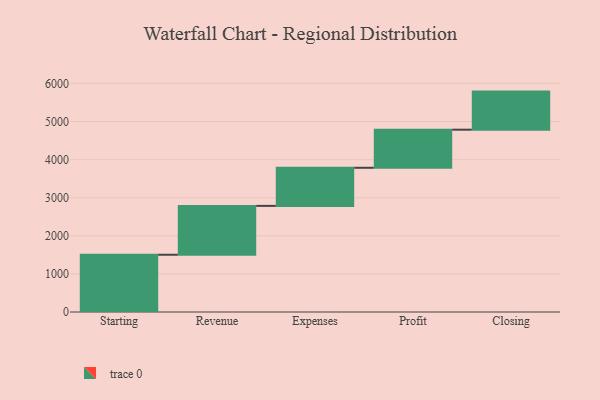
{"axis": {"x": "Step", "y": "Value"}, "legend": [""], "data": [{"x": "Starting", "y": 1503.0, "type": ""}, {"x": "Revenue", "y": 1283.0, "type": ""}, {"x": "Expenses", "y": 1000, "type": ""}, {"x": "Profit", "y": 1000, "type": ""}, {"x": "Closing", "y": 1000, "type": ""}]}